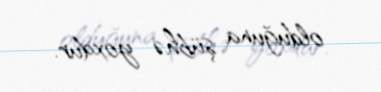
olduğuna şübhə yoxdur.